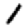
Digit: 1